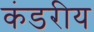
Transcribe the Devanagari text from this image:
कंडरीय